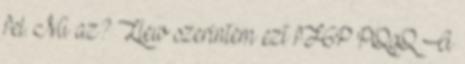
fel. Mi az? Llew szerintem ezt fF6P PQqQ A